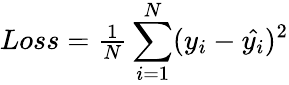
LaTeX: \begin{array}{r}{Loss=\frac{1}{N}\displaystyle\sum_{i=1}^{N}(y_{i}-\hat{y_{i}})^{2}}\end{array}